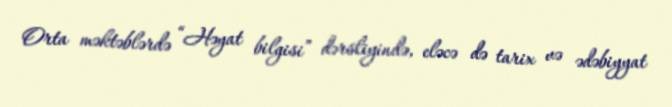
Orta məktəblərdə “Həyat bilgisi” dərsliyində, eləcə də tarix və ədəbiyyat